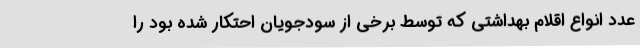
عدد انواع اقلام بهداشتی که توسط برخی از سودجویان احتکار شده بود را